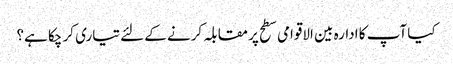
کیا آپ کا ادارہ بین الاقوامی سطح پر مقابلہ کرنے کے لئے تیاری کر چکا ہے؟